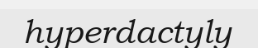
hyperdactyly